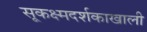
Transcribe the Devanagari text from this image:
सूकक्ष्मदर्शकाखाली